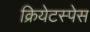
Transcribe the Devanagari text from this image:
क्रियेटस्पेस